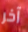
آخر